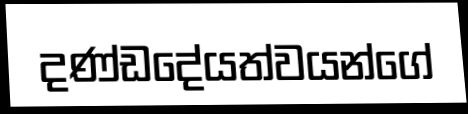
දණ්ඩදේයත්වයන්ගේ